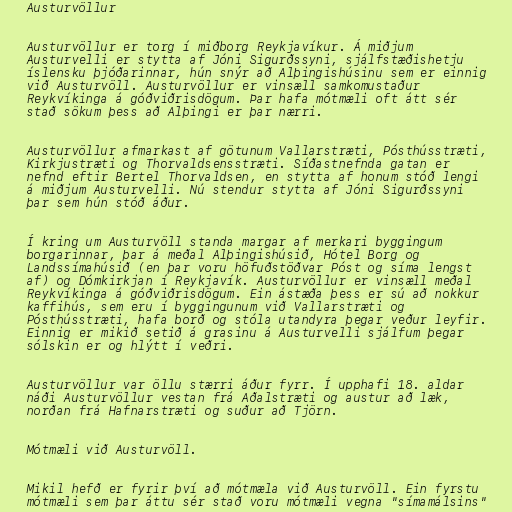
Austurvöllur

Austurvöllur er torg í miðborg Reykjavíkur. Á miðjum
Austurvelli er stytta af Jóni Sigurðssyni, sjálfstæðishetju
íslensku þjóðarinnar, hún snýr að Alþingishúsinu sem er einnig
við Austurvöll. Austurvöllur er vinsæll samkomustaður
Reykvíkinga á góðviðrisdögum. Þar hafa mótmæli oft átt sér
stað sökum þess að Alþingi er þar nærri.

Austurvöllur afmarkast af götunum Vallarstræti, Pósthússtræti,
Kirkjustræti og Thorvaldsensstræti. Síðastnefnda gatan er
nefnd eftir Bertel Thorvaldsen, en stytta af honum stóð lengi
á miðjum Austurvelli. Nú stendur stytta af Jóni Sigurðssyni
þar sem hún stóð áður.

Í kring um Austurvöll standa margar af merkari byggingum
borgarinnar, þar á meðal Alþingishúsið, Hótel Borg og
Landssímahúsið (en þar voru höfuðstöðvar Póst og síma lengst
af) og Dómkirkjan í Reykjavík. Austurvöllur er vinsæll meðal
Reykvíkinga á góðviðrisdögum. Ein ástæða þess er sú að nokkur
kaffihús, sem eru í byggingunum við Vallarstræti og
Pósthússtræti, hafa borð og stóla utandyra þegar veður leyfir.
Einnig er mikið setið á grasinu á Austurvelli sjálfum þegar
sólskin er og hlýtt í veðri.

Austurvöllur var öllu stærri áður fyrr. Í upphafi 18. aldar
náði Austurvöllur vestan frá Aðalstræti og austur að læk,
norðan frá Hafnarstræti og suður að Tjörn.

Mótmæli við Austurvöll.

Mikil hefð er fyrir því að mótmæla við Austurvöll. Ein fyrstu
mótmæli sem þar áttu sér stað voru mótmæli vegna "símamálsins"